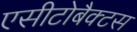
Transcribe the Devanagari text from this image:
एसीटोबैक्टस